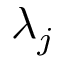
\lambda _ { j }